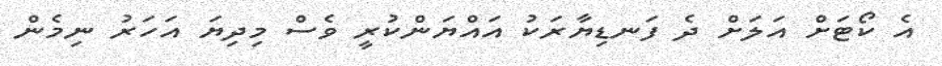
އެ ކޯޓަށް އަލަށް ދެ ފަނޑިޔާރަކު އައްޔަންކުރީ ވެސް މިދިޔަ އަހަރު ނިމެން